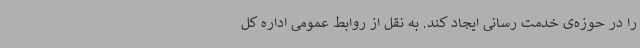
را در حوزه‌ی خدمت رسانی ایجاد کند. به نقل از روابط عمومی اداره کل